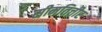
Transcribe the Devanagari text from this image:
सीमतित्तीर